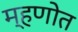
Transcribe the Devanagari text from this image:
म्हणोत